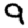
Digit: 9